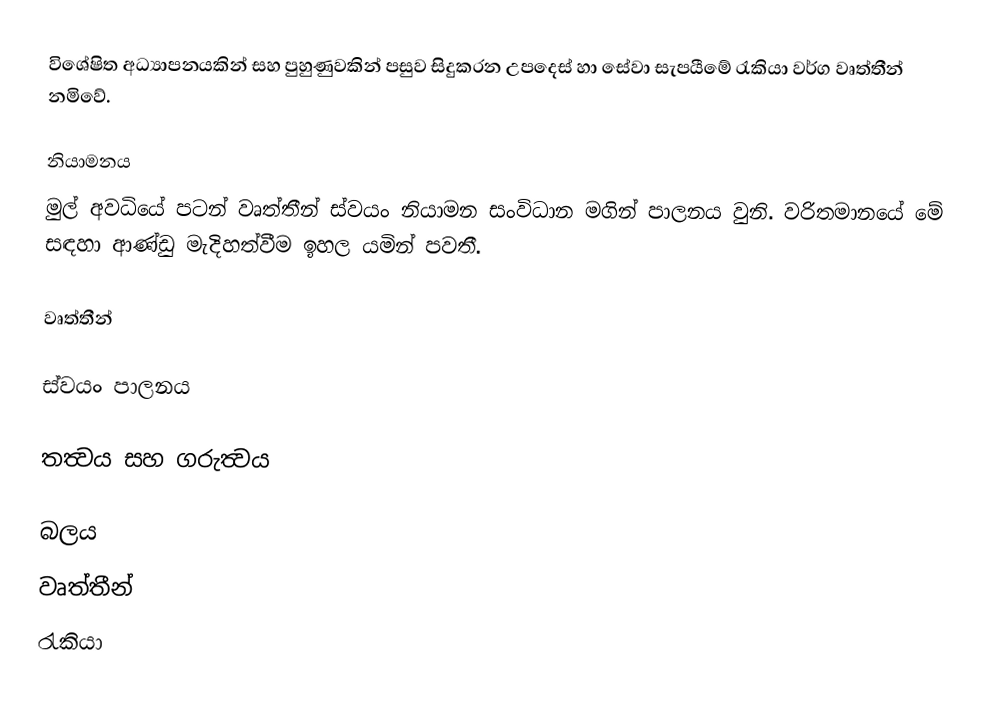
විශේෂිත අධ්‍යාපනයකින් සහ පුහුණුවකින් පසුව සිදුකරන උපදෙස් හා සේවා සැපයීමේ රැකියා වර්ග වෘත්තීන් නමිවේ.

නියාමනය
මුල් අවධියේ පටන් වෘත්තීන් ස්වයං නියාමන සංවිධාන මගින් පාලනය වුනි. වරිතමානයේ මේ සඳහා ආණ්ඩු මැදිහත්වීම ඉහල යමින් පවතී.

වෘත්තීන්

ස්වයං පාලනය

තත්‍වය සහ ගරුත්‍වය

බලය
වෘත්තීන්
රැකියා